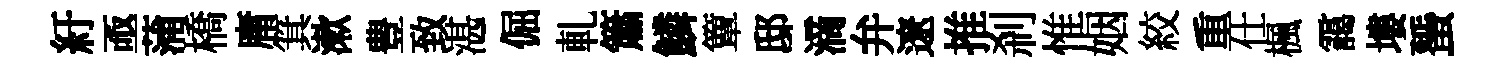
紆亟蒲橋庸箕漱豊致湛倔軋簫鱗簟邸滴弁遼推剎惟姻絞重仕楓靄塿蜑